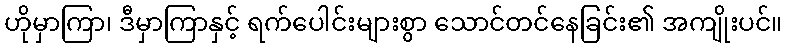
ဟိုမှာကြာ၊ ဒီမှာကြာနှင့် ရက်ပေါင်းများစွာ သောင်တင်နေခြင်း၏ အကျိုးပင်။